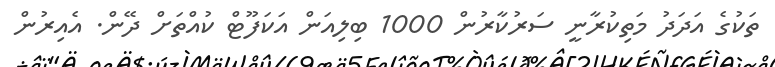
ތަކުގެ އަދަދު މަތިކުރާނީ ސަރުކާރުން 1000 ބިލިއަން އަކަފޫޓް ކުއްތަށް ދޭން. އެއިރުން